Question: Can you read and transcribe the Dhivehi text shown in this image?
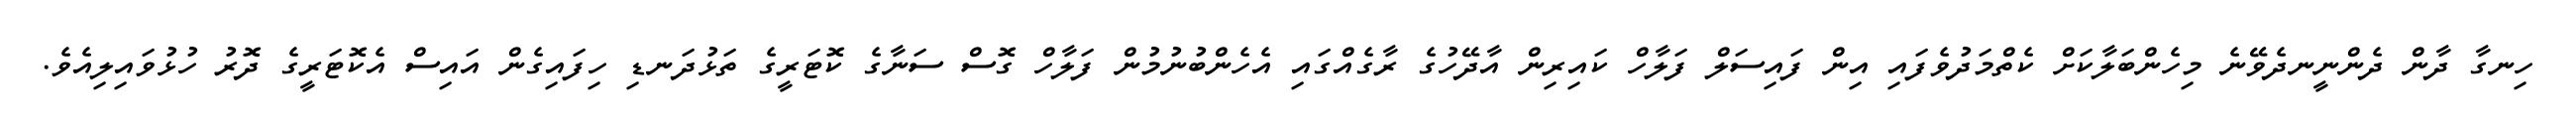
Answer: ހިނގާ ދާން ދެންނީނދެވޭނެ މިހެންބަލާކަށް ކެތްމަދުވެފައި އިން ފައިސަލް ފަލާހް ކައިރިން އާދޭހުގެ ރާގެއްގައި އެހެންބުނުމުން ފަލާހް ގޮސް ސަނާގެ ކޮޓަރީގެ ތަޅުދަނޑި ހިފައިގެން އައިސް އެކޮޓަރީގެ ދޮރު ހުޅުވައިލިއެވެ.